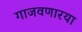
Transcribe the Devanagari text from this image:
गाजवणारया